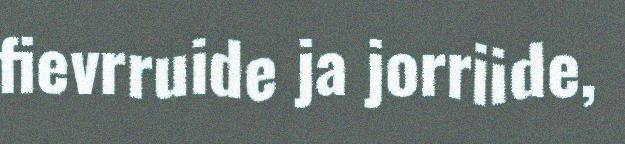
fievrruide ja jorriide,